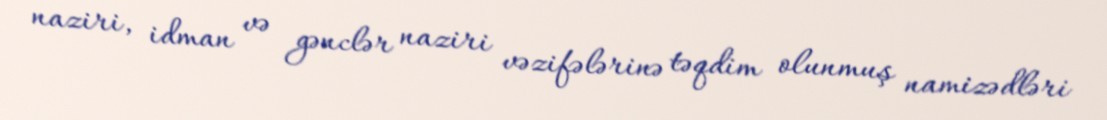
naziri, idman və gənclər naziri vəzifələrinə təqdim olunmuş namizədləri